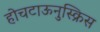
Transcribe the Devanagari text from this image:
होचटाऊनुस्क्रिस